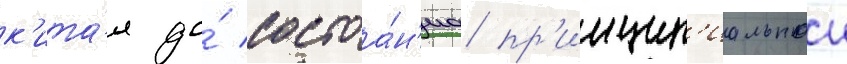
к'ита́я до́ состоа́н'иа пр'инцип'иальнои